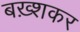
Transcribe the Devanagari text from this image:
बख़्शकर